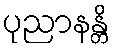
ပုညာနန္တိ